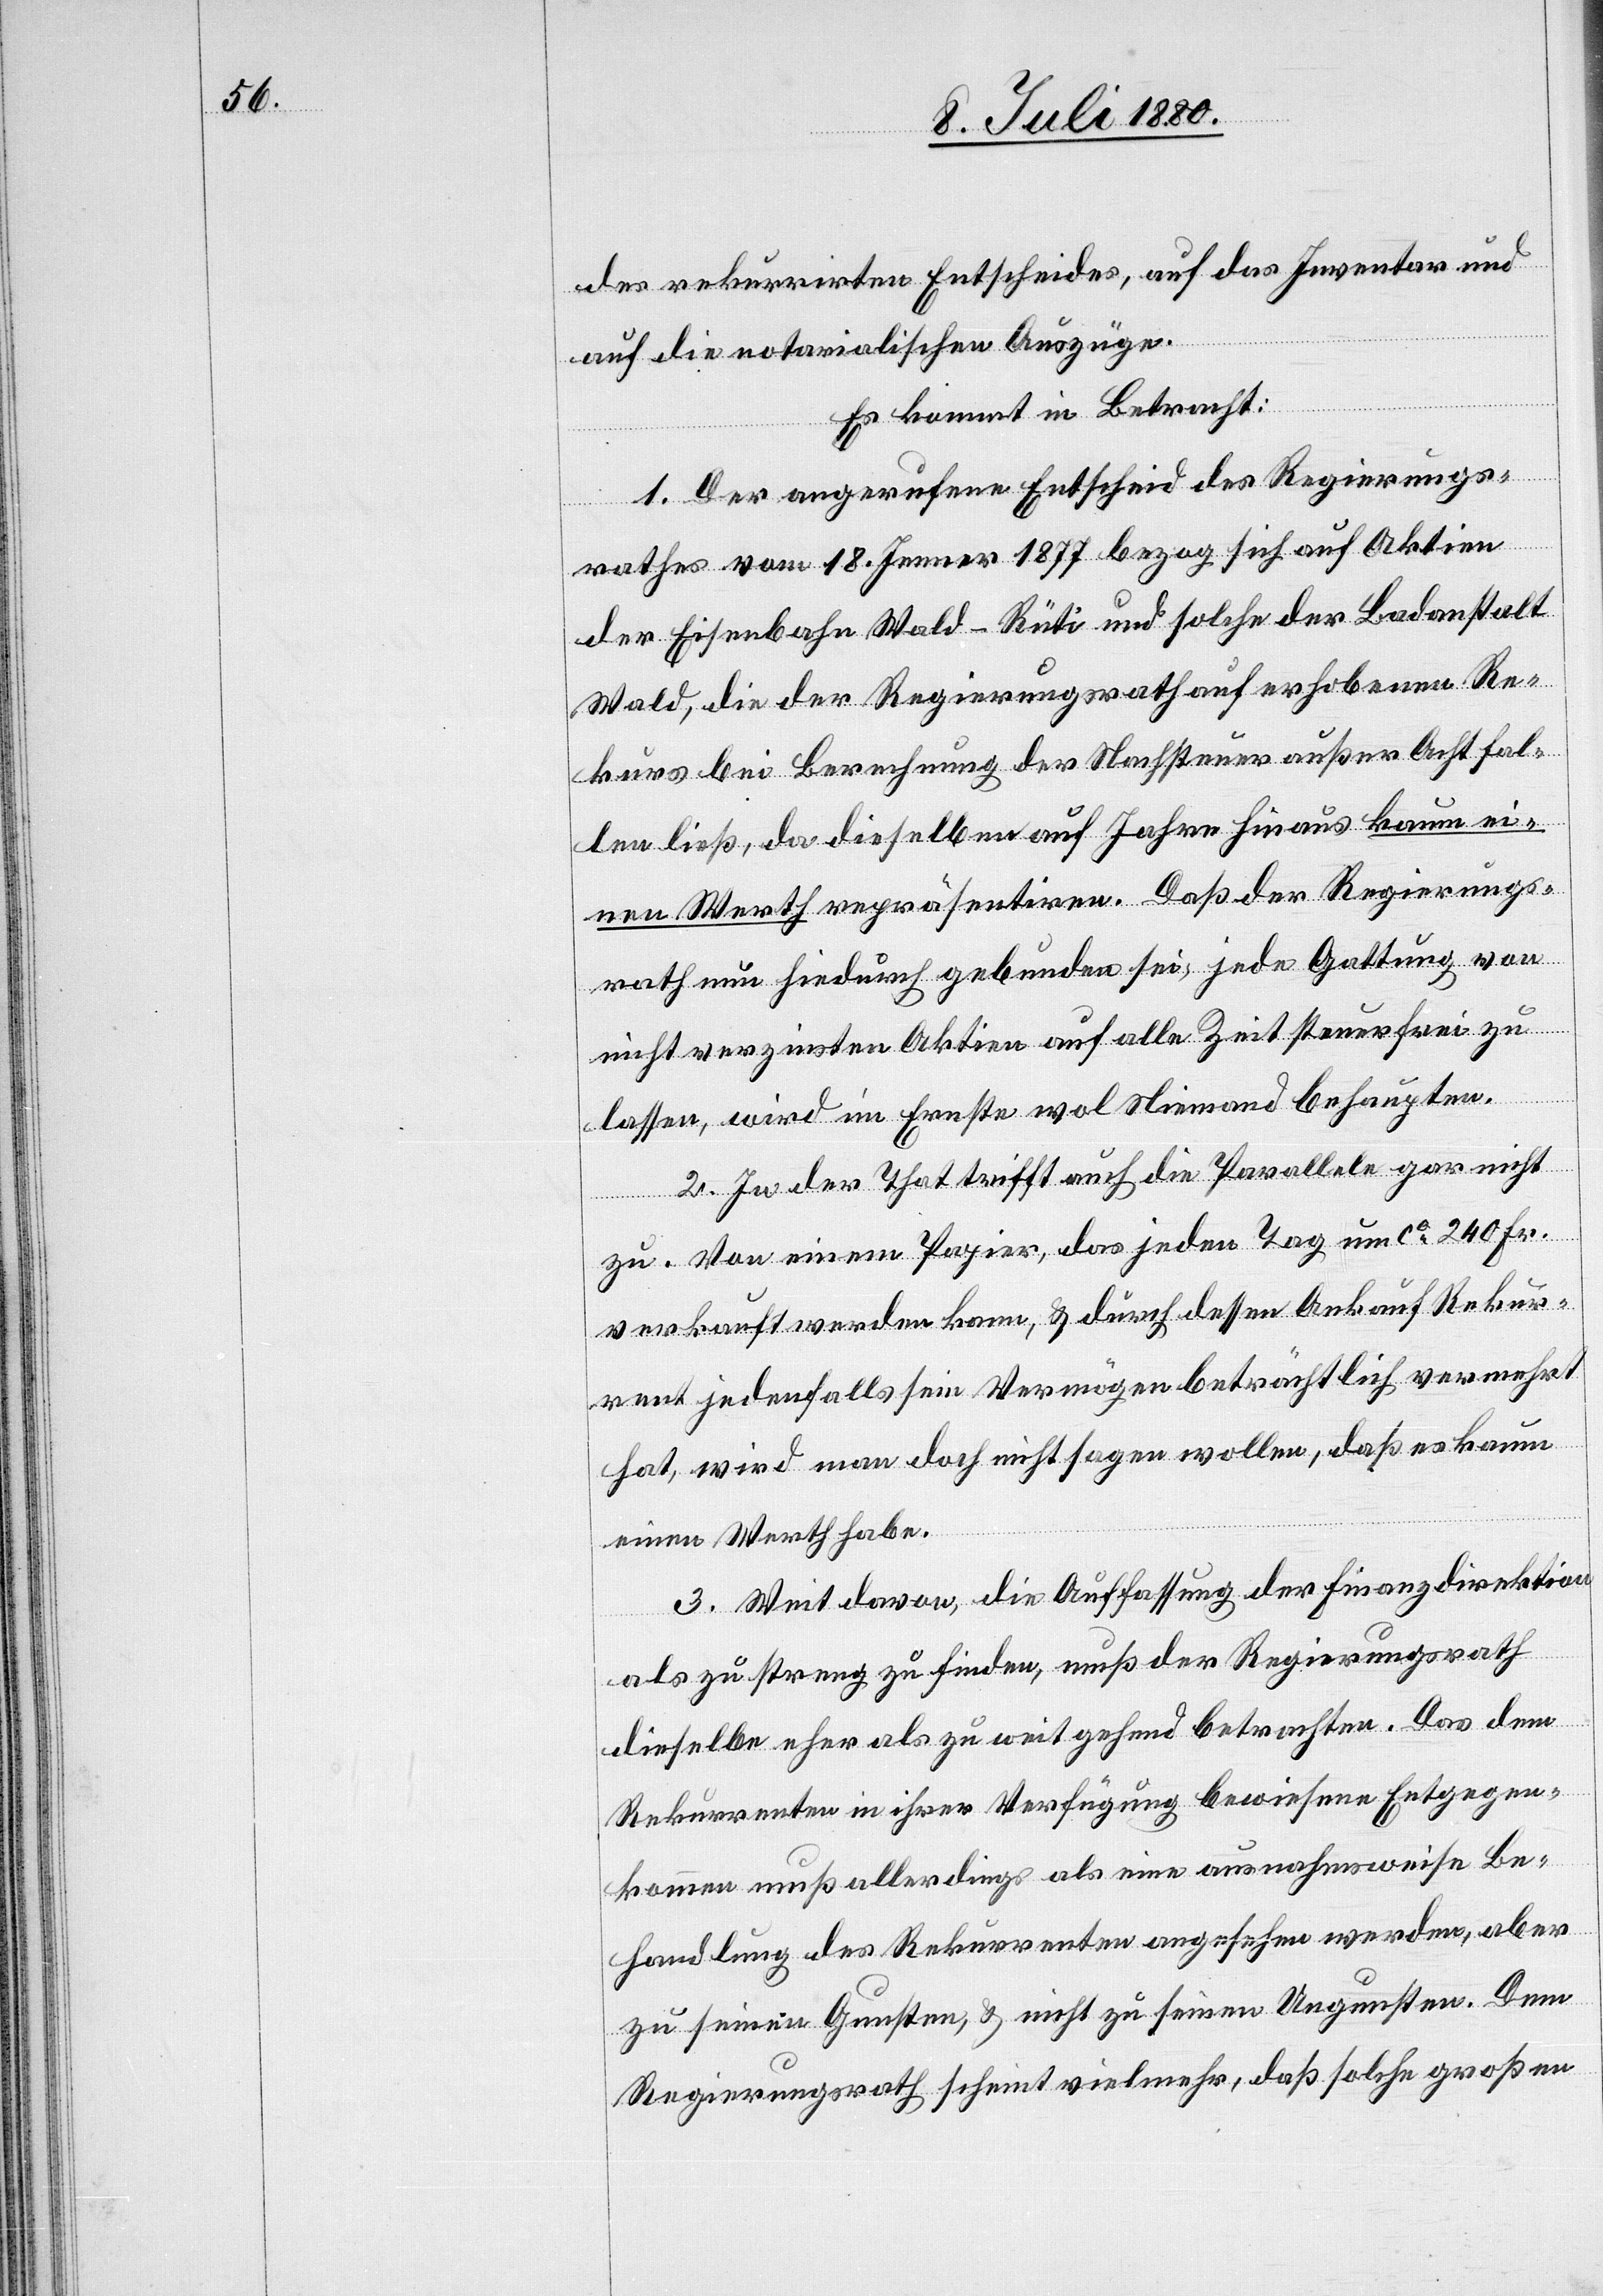
des rekurrirten Entscheides, auf das Inventar und
auf die notarialischen Auszüge.
Es kommt in Betracht:
1. Der angerufene Entscheid des Regierungs¬
rathes vom 18. Jenner 1877 bezog sich auf Aktien
der Eisenbahn Wald–Rüti und solche der Badanstalt
Wald, die der Regierungsrath auf erhobenen Re¬
kurs bei Berechnung der Nachsteuer außer Acht fal¬
len ließ, da dieselben auf Jahre hinaus kaum ei¬
nen Werth repräsentiren. Daß der Regierungs¬
rath nun hiedurch gebunden sei, jede Gattung von
nicht verzinsten Aktien auf alle Zeit steuerfrei zu
lassen, wird im Ernste wol Niemand behaupten.
2. In der That trifft auch die Parallele gar nicht
zu. Von einem Papier, das jeden Tag um ca 240 Fr.
verkauft werden kann, & durch dessen Ankauf Rekur¬
rent jedenfalls sein Vermögen beträchtlich vermehrt
hat, wird man doch nicht sagen wollen, daß es kaum
einen Werth habe.
3. Weit davon, die Auffassung der Finanzdirektion
als zu streng zu finden, muß der Regierungsrath
dieselbe eher als zu weit gehend betrachten. Das dem
Rekurrenten in ihrer Verfügung bewiesene Entgegen¬
kommen muß allerdings als eine ausnahmsweise Be¬
handlung des Rekurrenten angesehen werden, aber
zu seinen Gunsten, & nicht zu seinen Ungunsten. Dem
Regierungsrath scheint vielmehr, daß solche großen